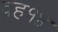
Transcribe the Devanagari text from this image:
वह१४